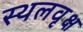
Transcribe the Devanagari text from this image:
स्थलवृक्ष